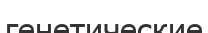
генетические